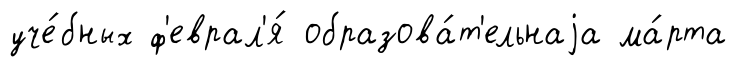
уче́бных ф'еврал'я́ образова́т'ельнаjа ма́рта